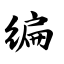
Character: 编